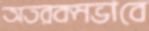
অতরকমভাবে